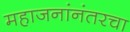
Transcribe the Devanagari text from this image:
महाजनांनंतरचा